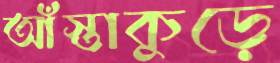
আঁস্তাকুড়ে